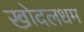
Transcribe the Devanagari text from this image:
खोदलधम